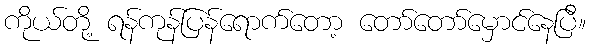
ကိုယ်တို့ ရန်ကုန်ပြန်ရောက်တော့ တော်တော်မှောင်နေပြီ။